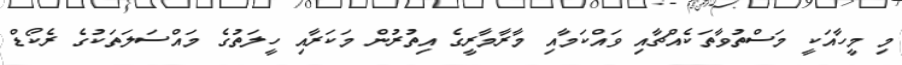
މި މީހާއަކީ މަސްތުވާތަކެއްޗާއި ވައްކަމާއި މާރާމާރީގެ އިތުރުން މަކަރާއި ހީލަތުގެ މައްސަލަތަކުގެ ރެކޯޑް